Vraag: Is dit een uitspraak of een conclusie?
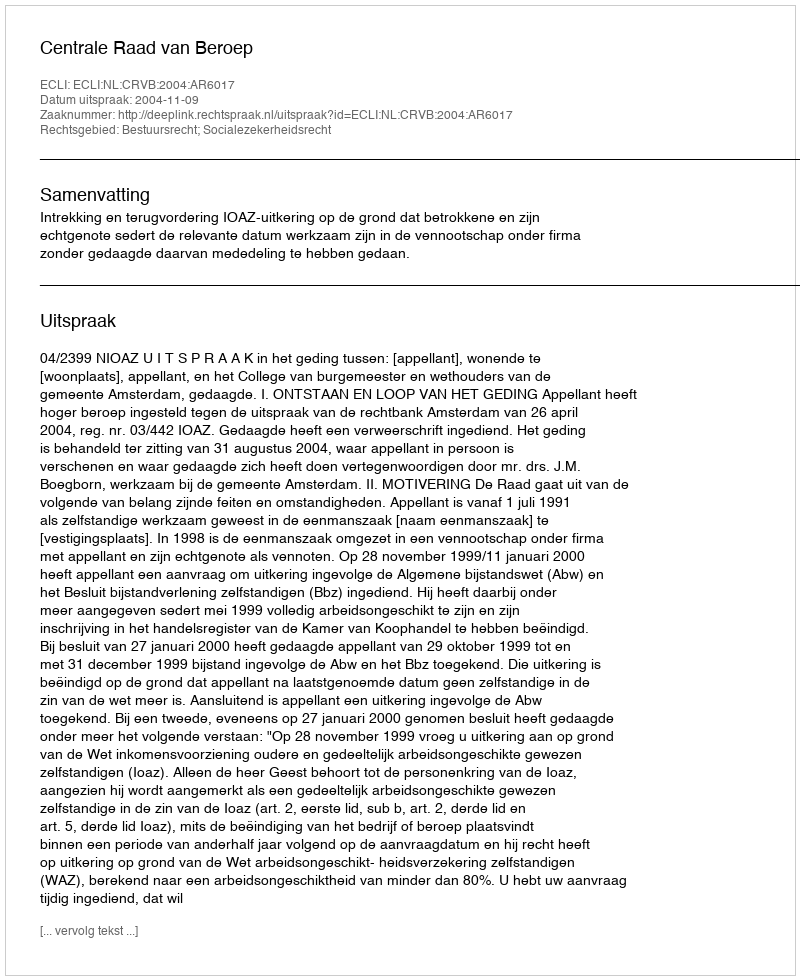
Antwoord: Uitspraak